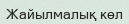
Жайылмалық көл